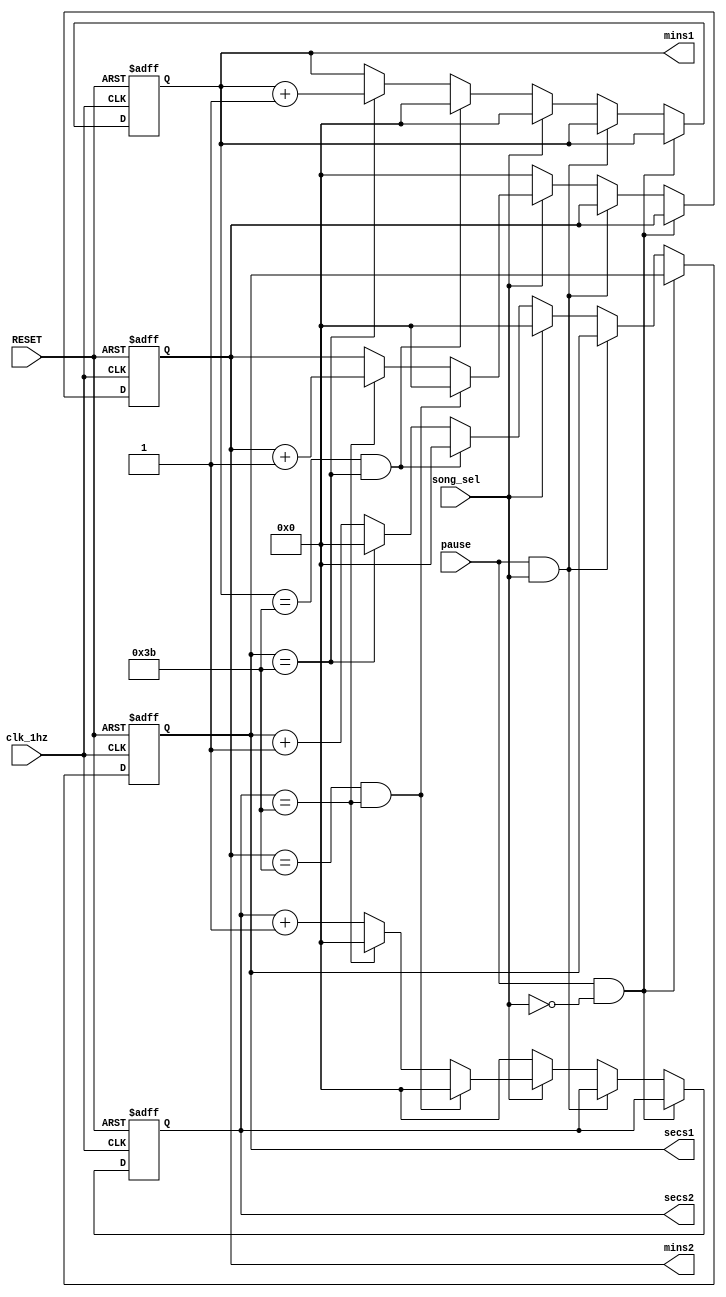
`timescale 1ns / 1ps
//////////////////////////////////////////////////////////////////////////////////
// Company: 
// Engineer: 
// 
// Design Name: 
// Module Name:    counter 
// Project Name: 
// Target Devices: 
// Tool versions: 
// Description: 
//
// Dependencies: 
//
// Revision: 
// Revision 0.01 - File Created
// Additional Comments: 
//
//////////////////////////////////////////////////////////////////////////////////
module counter(input RESET,
					input song_sel, 						//switch songs
					input pause,
					input clk_1hz,
					output reg [5:0] mins1,
					output reg [5:0] secs1,
					output reg [5:0] mins2,
					output reg [5:0] secs2); 
	
always @(posedge clk_1hz, posedge RESET) begin
	if (RESET) begin
		mins1 = 0;
		secs1 = 0;
		mins2 = 0;
		secs2 = 0;
	end 
	
	//paused on song 1
	else if (pause && ~song_sel) begin
		mins1 = mins1;
		secs1 = secs1;
	end 
	
	//paused on song 2
	else if (pause && song_sel) begin
		mins2 = mins2;
		secs2 = secs2;
	end 
	
	//playing song 1
	else if (~song_sel) begin
		mins2 = 0;
		secs2 = 0;
		if (mins1 == 59 && secs1 == 59) begin
			mins1 = 0;
			secs1 = 0;
		end else if (secs1 == 59) begin
			mins1 = mins1 + 1;
			secs1 = 0;
		end else begin
			secs1 = secs1 + 1;
		end  
	end 
	
	//playing song 2 
	else begin
		mins1 = 0;
		secs1 = 0;
		if (mins2 == 59 && secs2 == 59) begin
			mins2 = 0;
			secs2 = 0;
		end else if (secs2 == 59) begin
			mins2 = mins2 + 1;
			secs2 = 0;
		end else begin
			secs2 = secs2 + 1;
		end 
	end 
end
	
	
/*
always @(posedge clk_1hz, posedge RESET) begin
	if (RESET) begin
		seconds = 0;
		minutes = 0;
	end
	
	else if (ispaused) begin
		seconds = seconds;
		minutes = minutes;
	end
	
	else begin 
		if (minutes == 59 && seconds == 59) begin
			seconds = 0;
			minutes = 0;
		end else if (seconds == 59) begin
			seconds = 0;
			minutes = minutes + 1;
		end else begin
			seconds = seconds + 1;
		end
	end 		
end
*/

endmodule